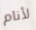
لأنام